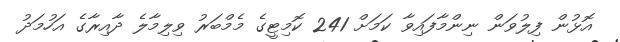
އޮޅުން ފިލުވަން ނިންމާފައިވާ ކަމަށް 241 ކޮމިޓީގެ މެމްބަރު ވިލިމާލެ ދާއިރާގެ އަހުމަދު